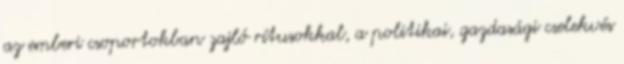
az emberi csoportokban zajló rítusokkal, a politikai, gazdasági cselekvés